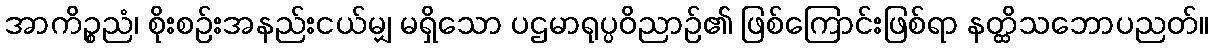
အာကိဉ္စညံ၊ စိုးစဉ်းအနည်းငယ်မျှ မရှိသော ပဌမာရုပ္ပဝိညာဉ်၏ ဖြစ်ကြောင်းဖြစ်ရာ နတ္ထိသဘောပညတ်။